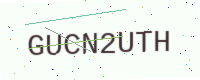
Text: GUCN2UTH